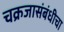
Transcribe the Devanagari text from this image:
चक्रजासंबंधीचा